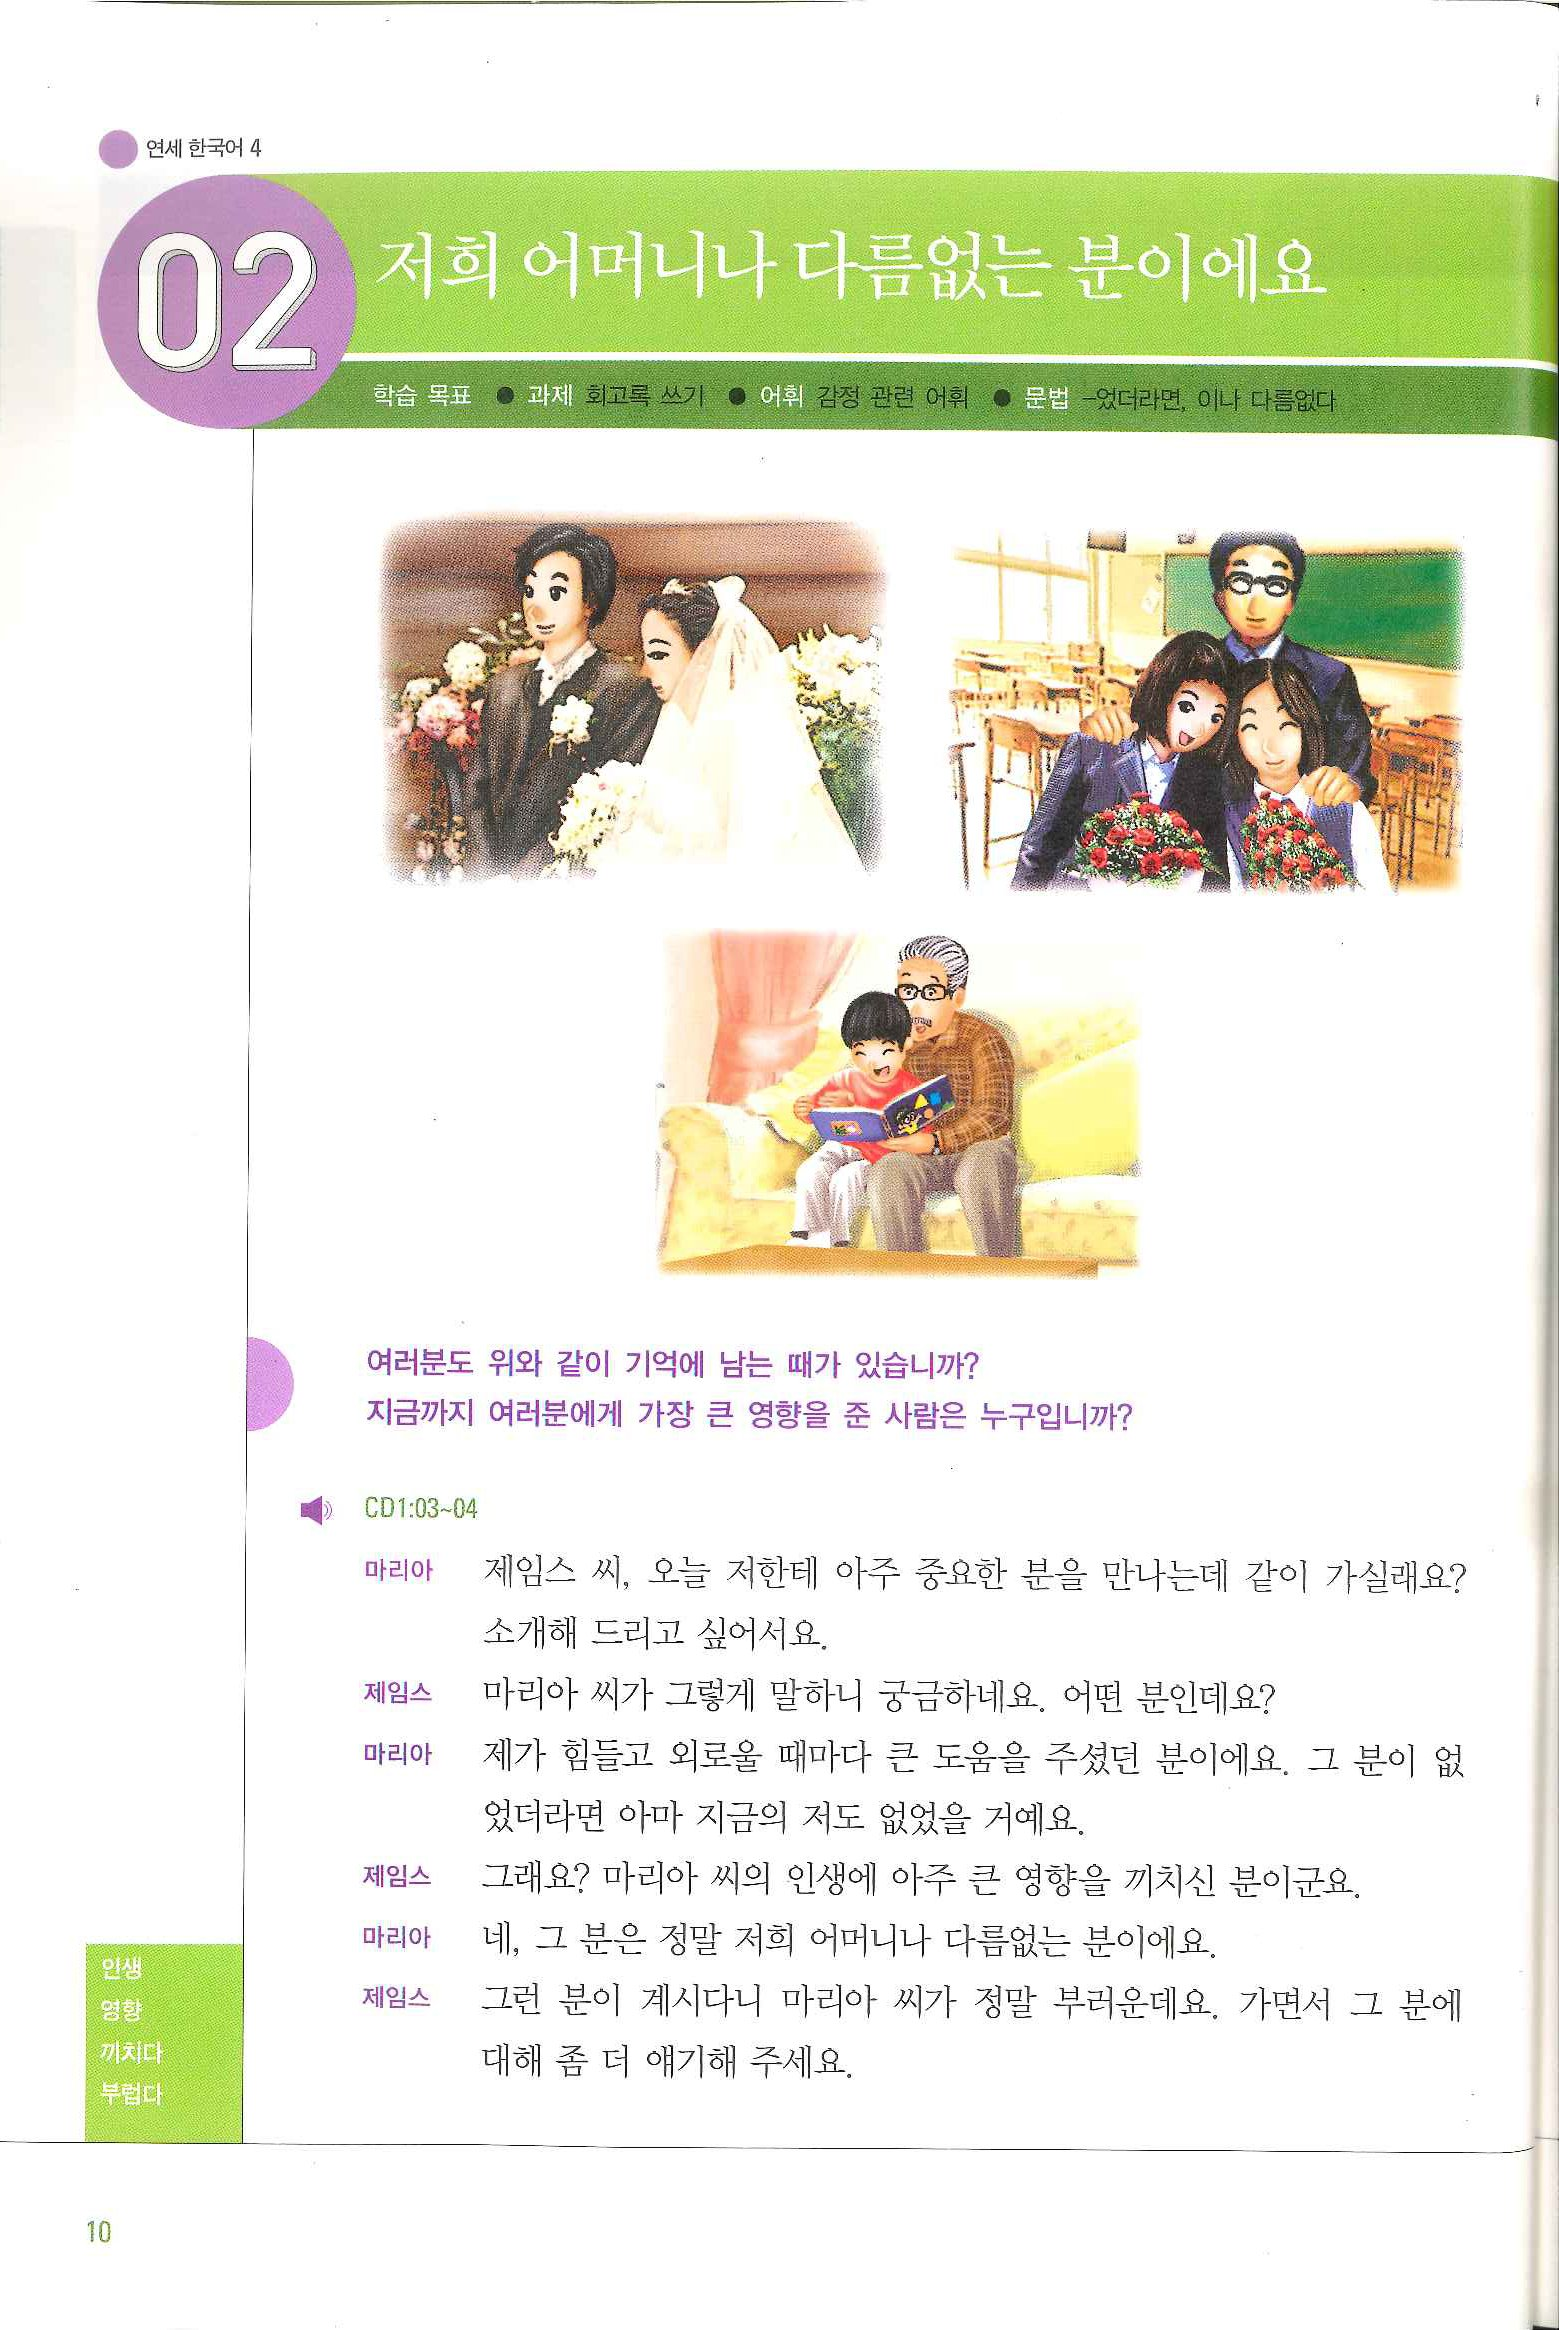
Language: ko